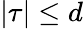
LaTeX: |\tau|\leq d